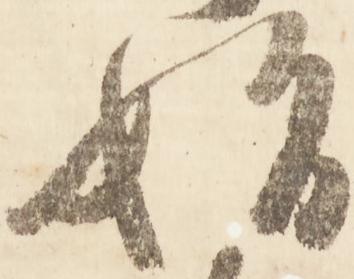
始